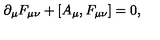
\partial _ { \mu } F _ { \mu \nu } + [ A _ { \mu } , F _ { \mu \nu } ] = 0 ,